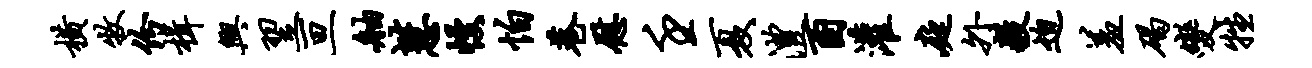
横牧份楫兴翌亘舳慧幔怕巷慰壬夏澧酉灌庭外毅迫羞碣变牲